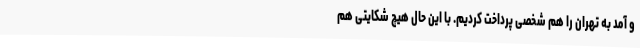
و آمد به تهران را هم شخصی پرداخت کردیم. با این حال هیچ شکایتی هم